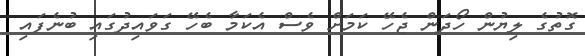
ގޮތުގެ ލިޔުން ހޯދަން ޖެހޭ ކަމަށް ވެސް އެކަމާ ބެހޭ ގަވައިދުގައި ބުނެފައި